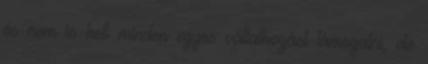
és nem is kell minden egyes vállalkozást támogatni, de